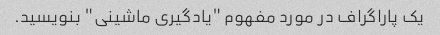
یک پاراگراف در مورد مفهوم "یادگیری ماشینی" بنویسید.